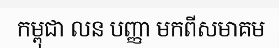
កម្ពុជា លន បញ្ញា មកពីសមាគម